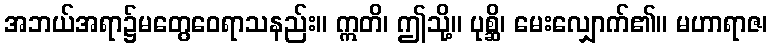
အဘယ်အရာ၌မတွေဝေရာသနည်း။ ဣတိ၊ ဤသို့။ ပုစ္ဆိ၊ မေးလျှောက်၏။ မဟာရာဇ၊